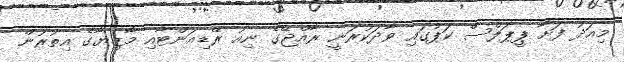
މިއަދު ފަށާ ޕީޕަލްސް ކަޕުގައި ވާދަކުރަނީ ރާއްޖޭގެ ނިއު ރޭޑިއަންޓާއި މާޒިޔާގެ އިތުރުން